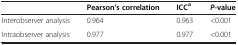
<table><thead><tr><td><b> </b></td><td><b>Pearson’s correlation</b></td><td><b>ICC<sup>a</sup></b></td><td><b><i>P</i>-value</b></td></tr></thead><tbody><tr><td>Interobserver analysis</td><td>0.964</td><td>0.963</td><td>&lt;0.001</td></tr><tr><td>Intraobserver analysis</td><td>0.977</td><td>0.977</td><td>&lt;0.001</td></tr></tbody></table>